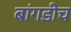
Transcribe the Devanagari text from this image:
बांगडीच